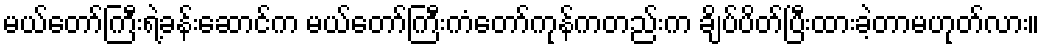
မယ်တော်ကြီးရဲ့ခန်းဆောင်က မယ်တော်ကြီးကံတော်ကုန်ကတည်းက ချိပ်ပိတ်ပြီးထားခဲ့တာမဟုတ်လား။